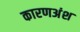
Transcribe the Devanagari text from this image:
कारणअंश